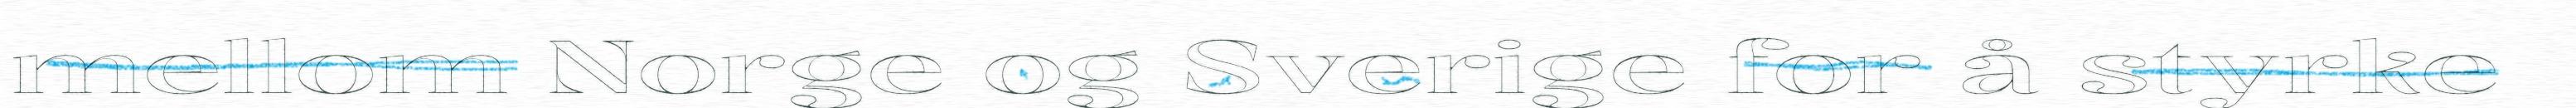
mellom Norge og Sverige for å styrke